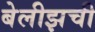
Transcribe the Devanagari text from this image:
बेलीझची